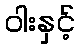
ဝါးနှင့်